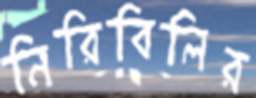
নিরিবিলির